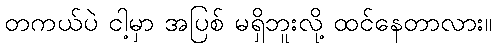
တကယ်ပဲ ငါ့မှာ အပြစ် မရှိဘူးလို့ ထင်နေတာလား။